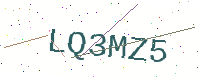
Text: LQ3MZ5